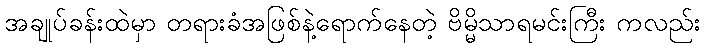
အချုပ်ခန်းထဲမှာ တရားခံအဖြစ်နဲ့ရောက်နေတဲ့ ဗိမ္မိသာရမင်းကြီး ကလည်း